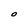
Character: O